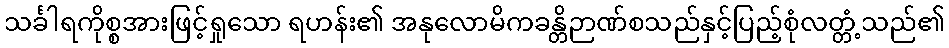
သင်္ခါရကိုစ္စအားဖြင့်ရှုသော ရဟန်း၏ အနုလောမိကခန္တိဉာဏ်စသည်နှင့်ပြည့်စုံလတ္တံ့သည်၏